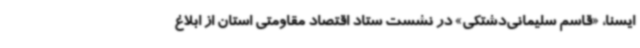
ایسنا، «قاسم سلیمانی‌دشتکی» در نشست ستاد اقتصاد مقاومتی استان از ابلاغ